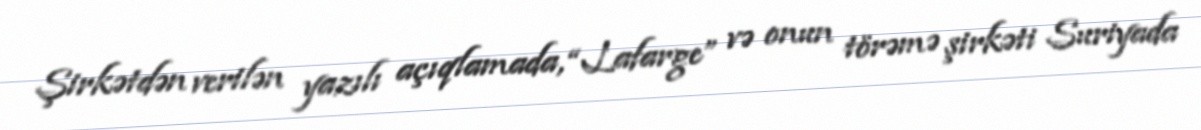
Şirkətdən verilən yazılı açıqlamada, “Lafarge” və onun törəmə şirkəti Suriyada